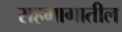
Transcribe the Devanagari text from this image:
सहभागातील